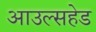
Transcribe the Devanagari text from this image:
आउल्सहेड